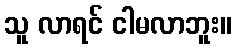
သူ လာရင် ငါမလာဘူး။